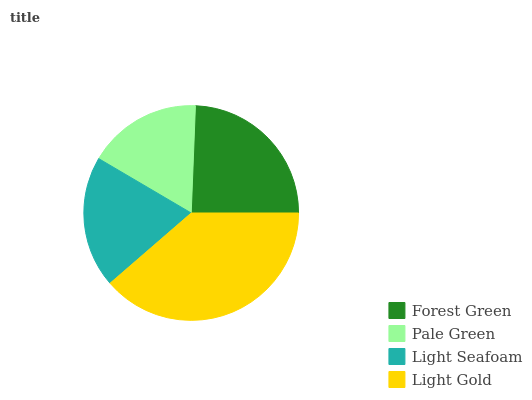
| Forest Green | Pale Green | Light Seafoam | Light Gold |
 | --- | --- | --- | --- |
 | 24.4% | 17.2% | 19.7% | 38.7% |